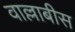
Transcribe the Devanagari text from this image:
वाल्लाबीस